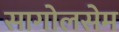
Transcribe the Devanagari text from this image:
सागोलसेम